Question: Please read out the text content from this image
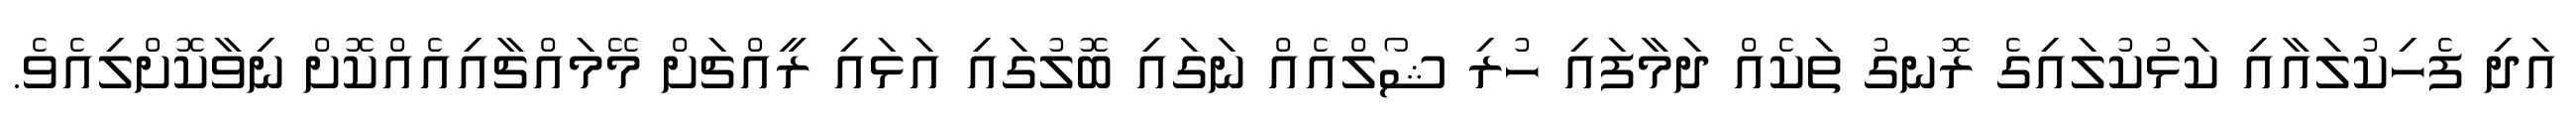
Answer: އަދި ފެހިކުލައާއި ކަޅުކުލައިގެ ރޮނގު ތަކެއް ދަމާފައި ހުރި ޝޯލްއެއް ނަގައި ބޮލުގައި އަޅައި ރީއްޗަށް މޭމައްޗާއިއެއްކޮށް ނިވާކޮށްލިއެވެ.